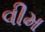
વીમ